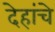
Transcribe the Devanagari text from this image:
देहांचे